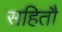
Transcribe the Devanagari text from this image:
सहितौ